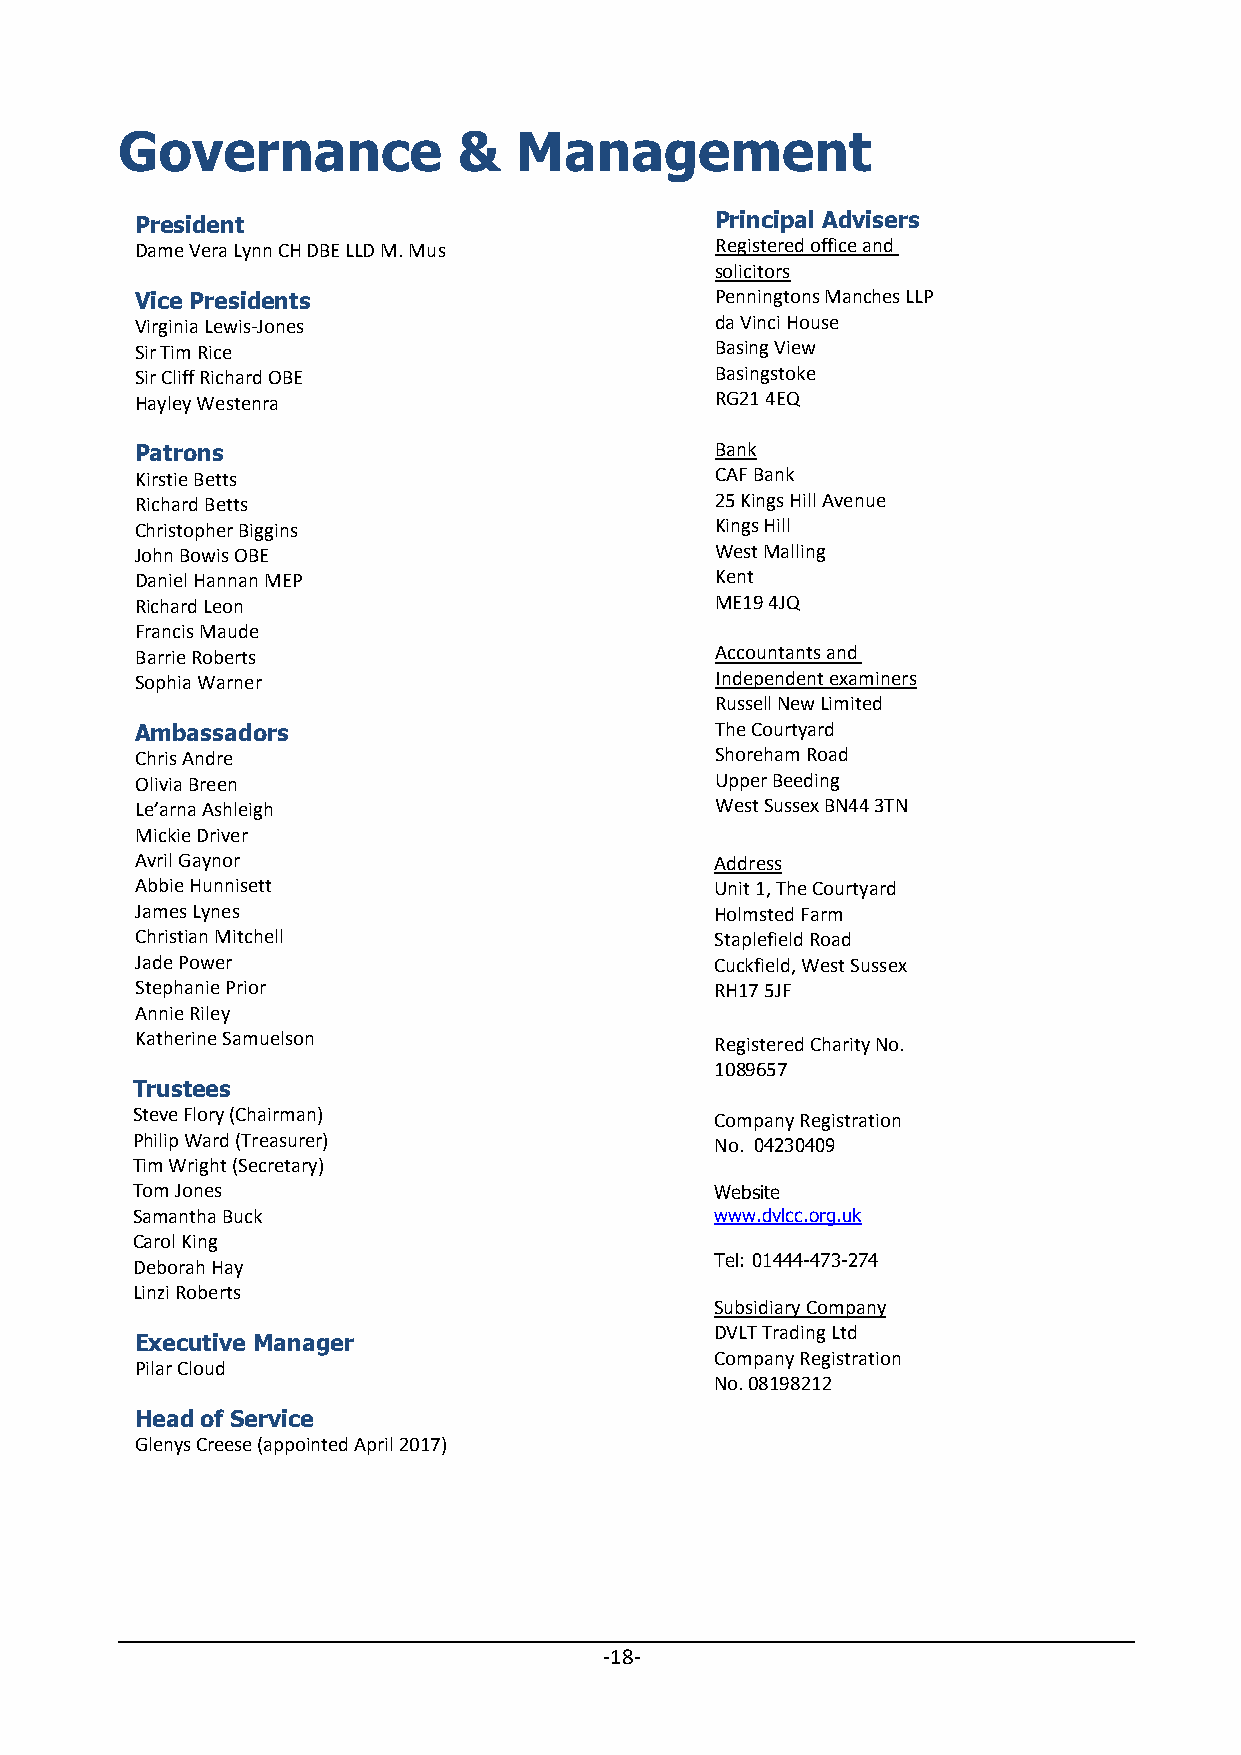
Governance            &   Management
 President                             Principal Advisers
 Dame Vera Lynn CH DBE LLD M. Mus      Registered office and
 solicitors
 Vice Presidents                       P enningtons Manches LLP
 Virginia Lewis‐Jones                  da Vinci House
 Sir Tim Rice                          B asing View
 Sir Cliff Richard OBE                 Basingstoke
 Hayley Westenra                       RG21 4EQ
 Patrons                               Bank
 Kirstie Betts                         CAF Bank
 Richard Betts                         25 Kings Hill Avenue
 Christopher Biggins                   Kings Hill
 John Bowis OBE                        West Malling
 Daniel Hannan MEP                     Kent
 Richard Leon                          ME19 4JQ
 Francis Maude
 Barrie Roberts                        Accountants and
 Sophia Warner                         Independent examiners
 Russell New Limited
 Ambassadors                           The Courtyard
 Chris Andre                           Shoreham Road
 Olivia Breen                          Upper Beeding
 Le’arna Ashleigh                      West Sussex BN44 3TN
 Mickie Driver
 Avril Gaynor                          Address
 Abbie Hunnisett                       Unit 1, The Courtyard
 James Lynes                           Holmsted Farm
 Christian Mitchell                    Staplefield Road
 Jade Power                            Cuckfield, West Sussex
 Stephanie Prior                       RH17 5JF
 Annie Riley
 Katherine Samuelson                   Registered Charity No.
 1089657
 Trustees
 Steve Flory (Chairman)                Company Registration
 Philip Ward (Treasurer)               No. 04230409
 Tim Wright (Secretary)
 Tom Jones                             Website
 Samantha Buck                         www.dvlcc.org.uk
 Carol King
 Deborah Hay                           Tel: 01444-473-274
 Linzi Roberts
 Subsidiary Company
 DVLT Trading Ltd
 Executive Manager
 Company Registration
 Pilar Cloud
 No. 08198212
 Head of Service
 Glenys Creese (appointed April 2017)
 ‐18‐